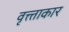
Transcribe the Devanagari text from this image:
वृत्त्ताकार